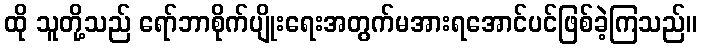
ထို သူတို့သည် ရော်ဘာစိုက်ပျိုးရေးအတွက်မအားရအောင်ပင်ဖြစ်ခဲ့ကြသည်။